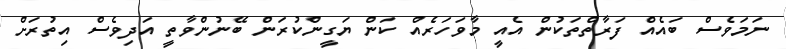
ނަމަވެސް ބައެއް ފަރާތްތަކުން އެއީ މާވަހަރެއް ކަން ޔަގީންކުރަން ބޭނުންވާތީ އަދިވެސް އިތުރަށް